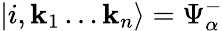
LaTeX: \left|i,\mathbf{k}_{1}\ldots\mathbf{k}_{n}\right\rangle=\Psi_{\alpha}^{-}